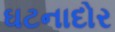
ઘટનાદોર